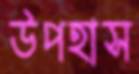
উপহাস